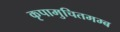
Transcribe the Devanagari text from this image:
कृपामुचितमम्ब